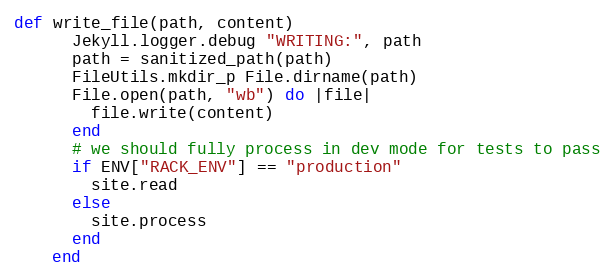
Language: Ruby
def write_file(path, content)
      Jekyll.logger.debug "WRITING:", path
      path = sanitized_path(path)
      FileUtils.mkdir_p File.dirname(path)
      File.open(path, "wb") do |file|
        file.write(content)
      end
      # we should fully process in dev mode for tests to pass
      if ENV["RACK_ENV"] == "production"
        site.read
      else
        site.process
      end
    end